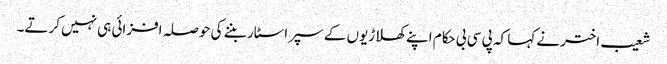
شعیب اخترنے کہا کہ پی سی بی حکام اپنے کھلاڑیوں کے سپر اسٹار بننے کی حوصلہ افزائی ہی نہیں کرتے۔